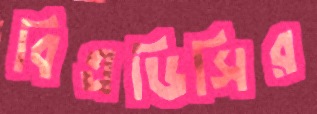
বিএডিসির